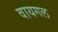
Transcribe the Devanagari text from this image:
वायगल